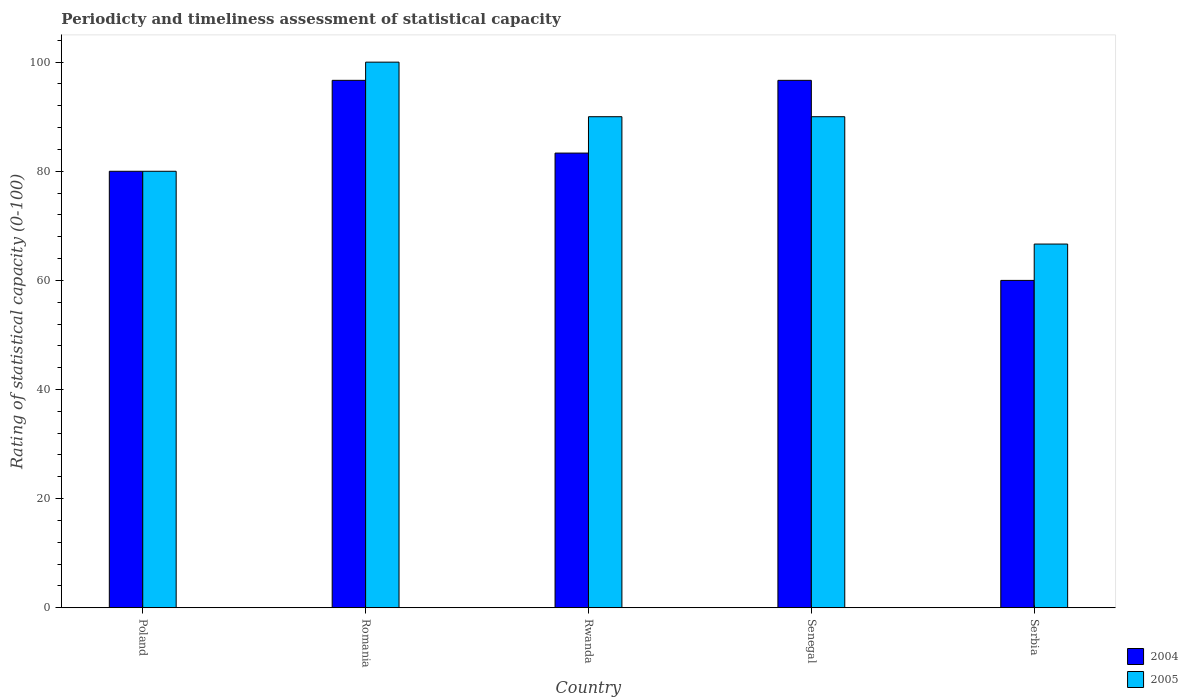
| Country | 2004 | 2005 |
 | --- | --- | --- |
 | Poland | 80 | 80 |
 | Romania | 96.7 | 100 |
 | Rwanda | 83.3 | 90 |
 | Senegal | 96.7 | 90 |
 | Serbia | 60 | 66.7 |